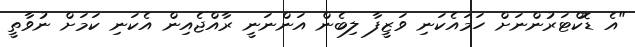
"އެ ޑޮކްޓަރުންނަށް ހަމައެކަނި ވަޒީފާ ލިބެން އަންނަނީ ރާއްޖެއިން އެކަނި ކަމަށް ނުވާތީ